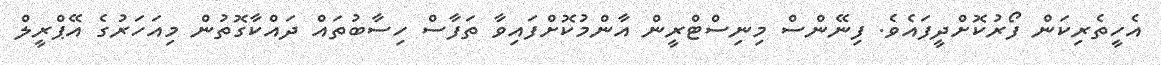
އެހީތެރިކަން ފޯރުކޮށްދީފައެވެ. ފިނޭންސް މިނިސްޓްރީން އާންމުކޮށްފައިވާ ތަފާސް ހިސާބުތައް ދައްކާގޮތުން މިއަހަރުގެ އޭޕްރީލް